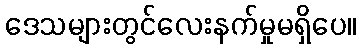
ဒေသများတွင်လေးနက်မှုမရှိပေ။